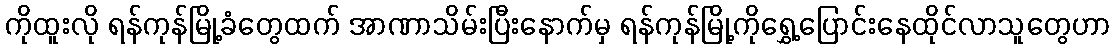
ကိုထူးလို ရန်ကုန်မြို့ခံတွေထက် အာဏာသိမ်းပြီးနောက်မှ ရန်ကုန်မြို့ကိုရွှေ့ပြောင်းနေထိုင်လာသူတွေဟာ